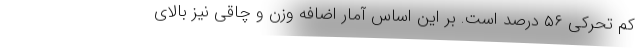
کم تحرکی ۵۶ درصد است. بر این اساس آمار اضافه وزن و چاقی نیز بالای